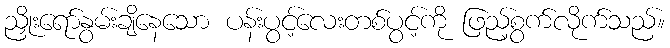
ညှိုးရော်နွမ်းချိနေသော ပန်းပွင့်လေးတစ်ပွင့်ကို ဖြည့်စွက်လိုက်သည်။